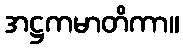
အဋ္ဌကမာတိကာ။